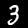
Label: 3